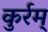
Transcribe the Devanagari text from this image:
कुर्रम्